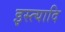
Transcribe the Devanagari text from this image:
इस्त्यादि